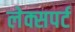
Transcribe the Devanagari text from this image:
लेक्सपर्ट